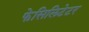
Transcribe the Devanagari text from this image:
फेसिलिटेटर